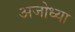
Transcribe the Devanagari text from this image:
अजोध्या